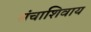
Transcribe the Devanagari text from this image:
संचाशिवाय